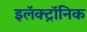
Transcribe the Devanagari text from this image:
इलॅक्ट्रॉनिक